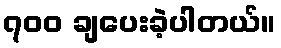
၇၀၀ ချပေးခဲ့ပါတယ်။